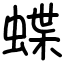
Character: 蝶